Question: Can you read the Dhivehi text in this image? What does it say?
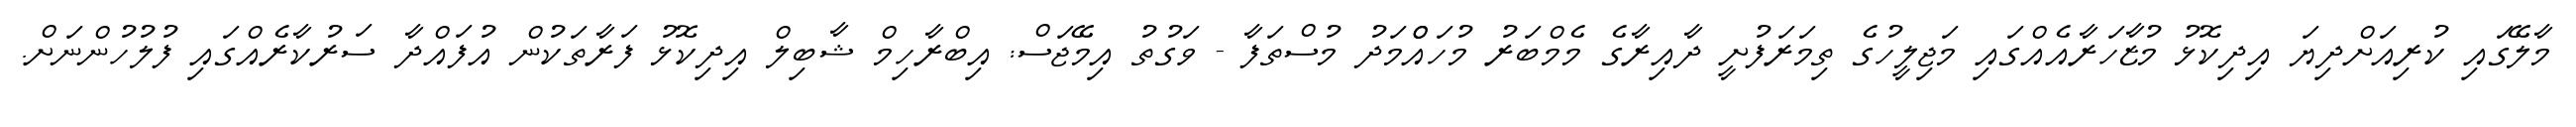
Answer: މާލޭގައި ކުރިއަށްދިޔަ އިދިކޮޅު މުޒާހަރާއެއްގައި މަޖިލީހުގެ ތިމަރަފުށީ ދާއިރާގެ މެމްބަރު މުހައްްމަދު މުސްތަފާ - ވަގުތު އިމޭޖަސް: އިބްރާހިމް ޝާބިލް އިދިކޮޅު ފަރާތަކުން އުފައްދާ ސަރުކާރެއްގައި ފުލުހުންނަށް.